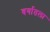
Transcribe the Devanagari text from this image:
वर्गातला